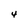
Character: 4